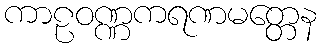
ကာဠဝဏ္ဏကရဏမတ္တေန